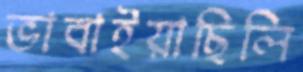
ভাবাইয়াছিলি